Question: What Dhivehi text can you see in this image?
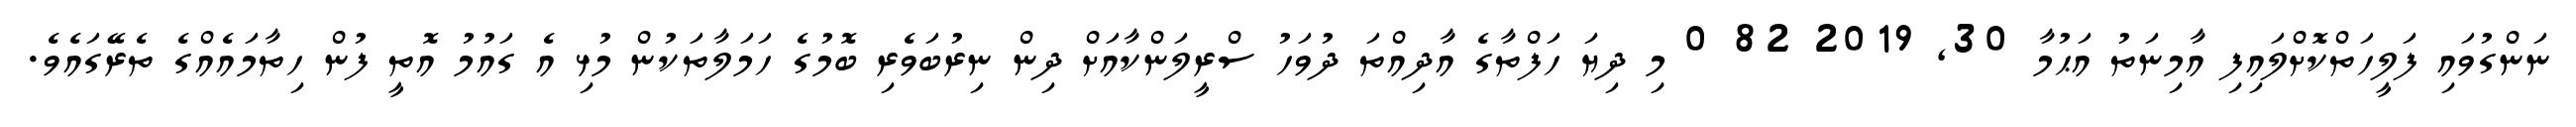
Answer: ނަންގުވައި ފަލީހަތްކޮށްލައިފި އާމިނަތު އަޙުމާ 30, 2019 82 0 މި ދިޔަ ހަފްތާގެ އާދިއްތަ ދުވަހު ސްރީލަންކާއަށް ދިން ނިރުބަވެރި ބޮމުގެ ހަމަލާތަކުން މުޅި އެ ގައުމު އޮތީ ފުން ހިތާމައެއްގެ ތެރޭގައެވެ.